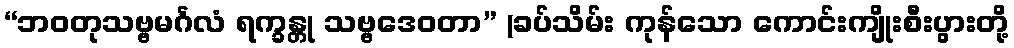
“ဘဝတုသဗ္ဗမင်္ဂလံ ရက္ခန္တု သဗ္ဗဒေဝတာ” (ခပ်သိမ်း ကုန်သော ကောင်းကျိုးစီးပွားတို့